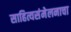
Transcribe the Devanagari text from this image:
साहित्यसंमेलनाचा